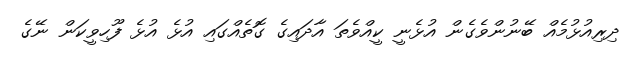
ދިރިއުޅުމެއް ބޭނުންވެގެން އުޅެނީ ކީއްވެތަ އާދައިގެ ގޮތެއްގައި އުޅެ އުޅެ ފޫހިވީކަން ނޭގެ